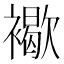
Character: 𧝽